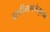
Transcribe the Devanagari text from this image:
वस्तीगणनेनुसार